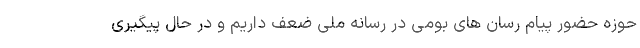
حوزه حضور پیام رسان های بومی در رسانه ملی ضعف داریم و در حال پیگیری